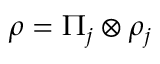
\rho = \Pi _ { j } \otimes \rho _ { j }